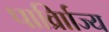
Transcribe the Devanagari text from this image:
पार्व्राािज्य